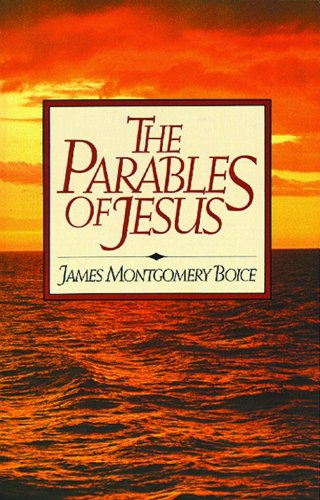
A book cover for The Parables of Jesus; James Montgomery Boice; Christian Books & Bibles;